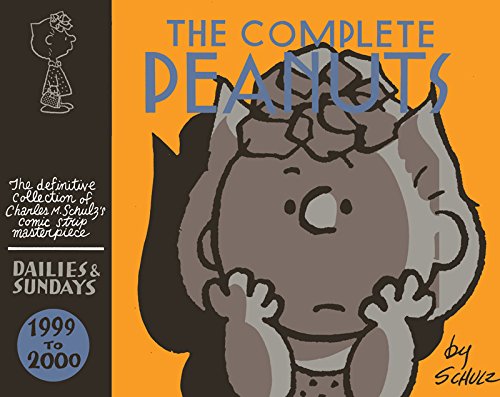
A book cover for The Complete Peanuts 1999-2000 (Vol. 25)  (The Complete Peanuts); Charles M. Schulz; Comics & Graphic Novels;